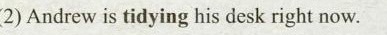
(2)Andrew is tidying his desk right now.